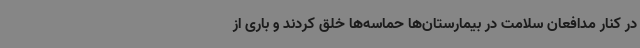
در کنار مدافعان سلامت در بیمارستان‌ها حماسه‌ها خلق کردند و باری از